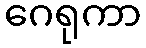
ဂေရုကာ